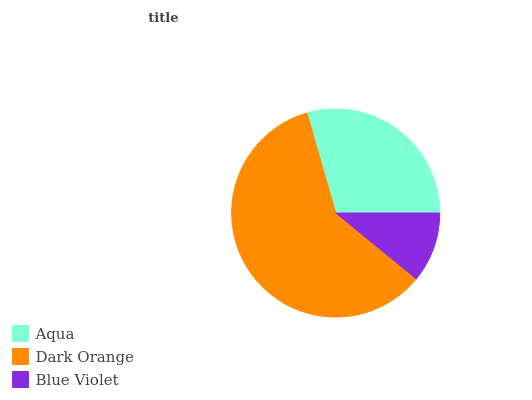
| Aqua | Dark Orange | Blue Violet |
 | --- | --- | --- |
 | 29.4% | 59.7% | 10.9% |